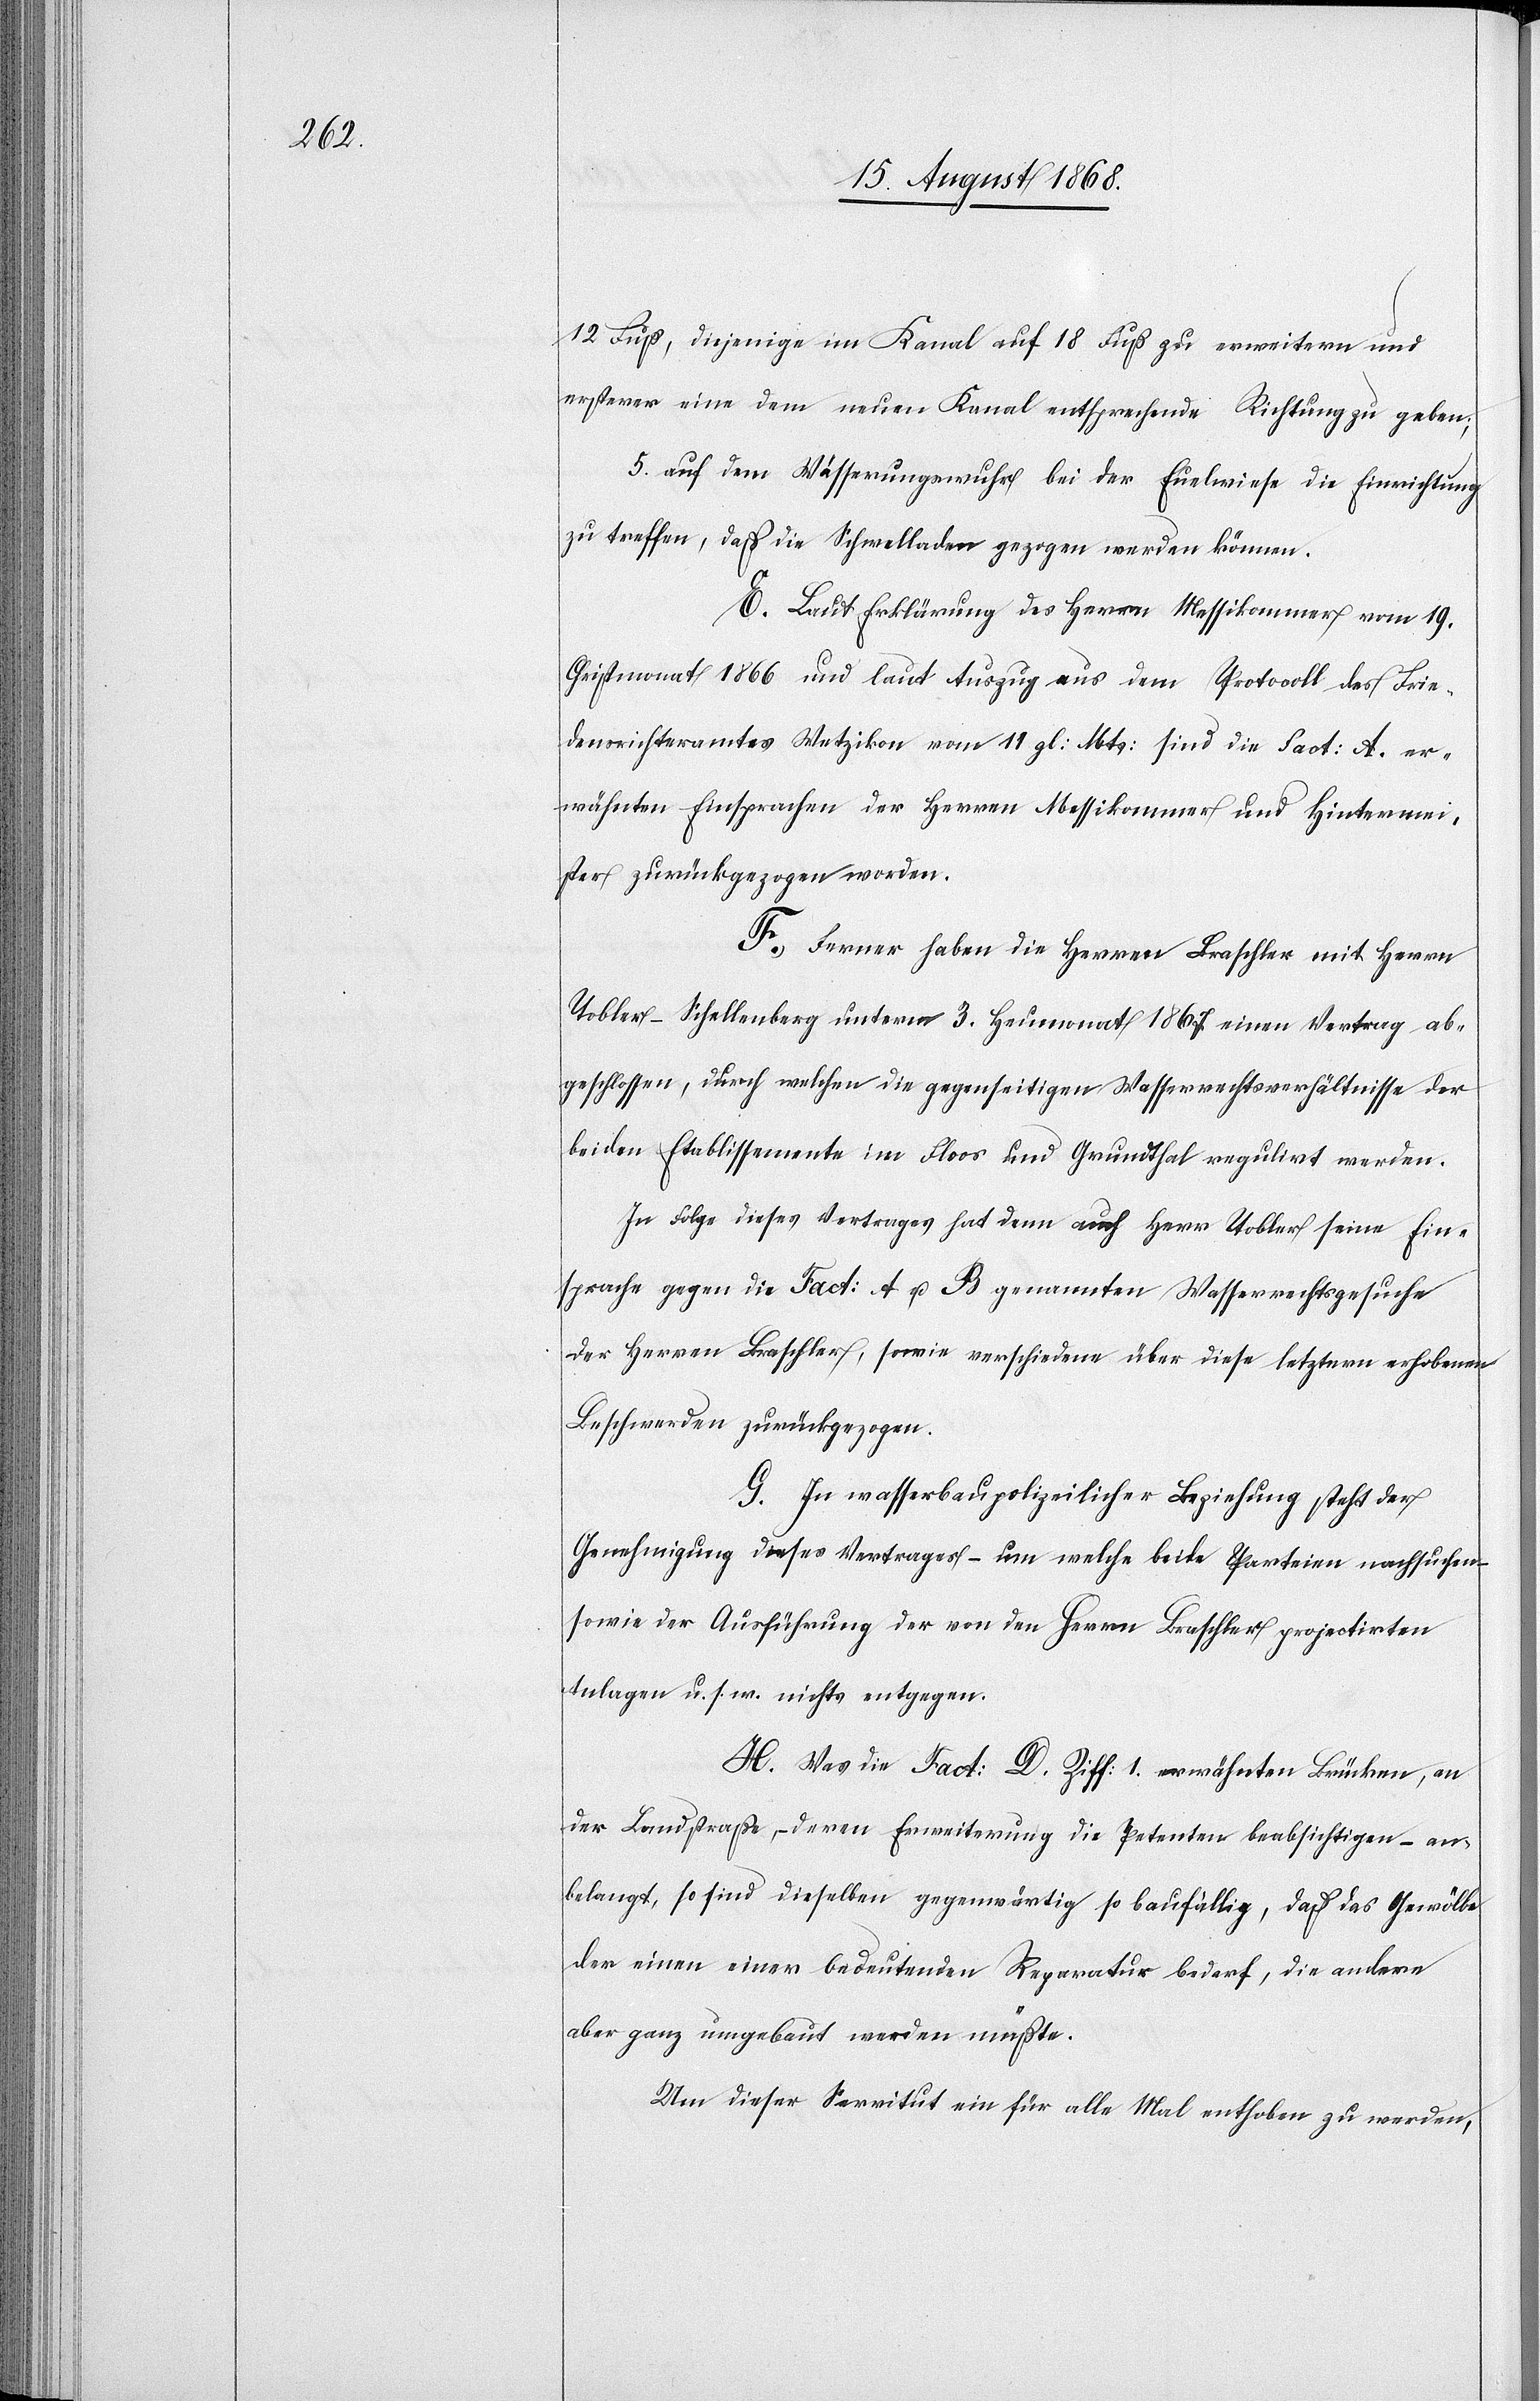
12 Fuß, diejenige im Kanal auf 18 Fuß zu erweitern und
ersterer eine dem neuen Kanal entsprechende Richtung zu geben;
5.) auf dem Wässerungswuhr bei der Euelwiese die Einrichtung
zu treffen, daß die Schwelladen gezogen werden können.
E. Laut Erklärung des Herrn Messikommer vom 19.
Christmonat 1866 und laut Auszug aus dem Protocoll des Frie¬
densrichteramtes Wetzikon vom 11 gl: Mts: sind die Fact: A. er¬
wähnten Einsprachen der Herren Messikommer und Hintermei¬
ster zurückgezogen worden.
F. Ferner haben die Herren Braschler mit Herrn
Tobler-Schellenberg unterm 3. Heumonat 1867 einen Vertrag ab¬
geschlossen, durch welchen die gegenseitigen Wasserrechtsverhältnisse der
beiden Etablissemente im Floos und Grundthal regulirt werden.
In Folge dieses Vertrages hat denn auch Herr Tobler seine Ein¬
sprache gegen die Fact: A u. B genannten Wasserrechtsgesuche
der Herren Braschler, sowie verschiedene über diese letztern erhobenen
Beschwerden zurückgezogen.
G. In wasserbaupolizeilicher Beziehung steht der
Genehmigung dieses Vertrages – um welche beide Parteien nachsuchen
sowie der Ausführung der von den Herrn Braschler projectirten
Anlagen u. s. w. nichts entgegen.
H. Was die Fact: D. Ziff: 1. erwähnten Brücken, an
der Landstraße, – deren Erweiterung die Petenten beabsichtigen – an¬
belangt, so sind dieselben gegenwärtig so baufällig, daß das Gewölbe
der einen einer bedeutenden Reparatur bedarf, die andere
aber ganz umgebaut werden müßte.
Um dieser Servitut ein für alle Mal enthoben zu werden,